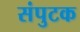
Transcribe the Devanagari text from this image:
संपुटक